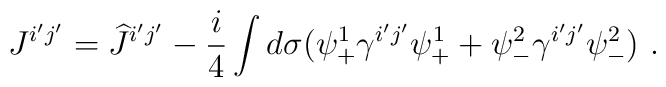
J^{i'j'} =\widehat{J}^{i'j'} - \frac{i}{4} \int d \sigma ( \psi^1_+ \gamma^{i'j'} \psi^1_+ + \psi^2_- \gamma^{i'j'} \psi^2_- ) ~.